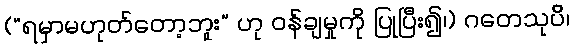
(“ရမှာမဟုတ်တော့ဘူး” ဟု ဝန်ချမှုကို ပြုပြီး၍၊) ဂတေသုပိ၊